Treatise on elephants
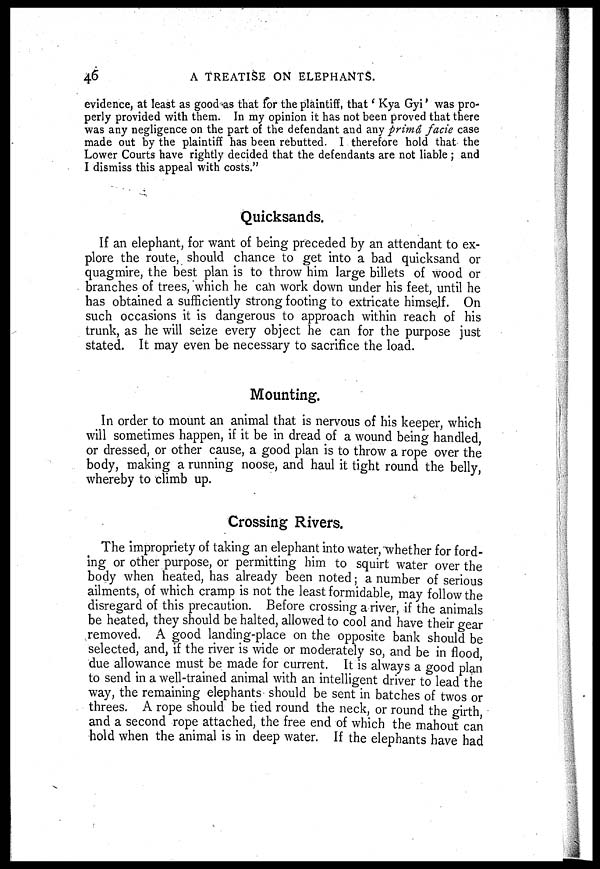
46
A TREATISE ON ELEPHANTS.
evidence, at least as good as that tor the plaintiff, that ' Kya Gyi' was pro-
perly provided with them. In my opinion it has not been proved that there
was any negligence on the part of the defendant and any prima facie case
made out by the plaintiff has been rebutted. I therefore hold that the
Lower Courts have rightly decided that the defendants are not liable ; and
I dismiss this appeal with costs."
Quicksands.
If an elephant, for want of being preceded by an attendant to ex-
plore the route, should chance to get into a bad quicksand or
quagmire, the best plan is to throw him large billets of wood or
branches of trees, which he can work down under his feet, until he
has obtained a sufficiently strong footing to extricate himself. On
such occasions it is dangerous to approach within reach of his
trunk, as he will seize every object he can for the purpose just
stated. It may even be necessary to sacrifice the load.
Mounting.
In order to mount an animal that is nervous of his keeper, which
will sometimes happen, if it be in dread of a wound being handled,
or dressed, or other cause, a good plan is to throw a rope over the
body, making a running noose, and haul it tight round the belly,
whereby to climb up.
Crossing Rivers.
The impropriety of taking an elephant into water, whether for ford-
ing or other purpose, or permitting him to squirt water over the
body when heated, has already been noted; a number of serious
ailments, of which cramp is not the least formidable, may follow the
disregard of this precaution. Before crossing a river, if the animals
be heated, they should be halted, allowed to cool and have their gear
removed. A good landing-place on the opposite bank should be
selected, and, if the river is wide or moderately so, and be in flood
due allowance must be made for current. It is always a good plan
to send in a well-trained animal with an intelligent driver to lead the
way, the remaining elephants should be sent in batches of twos or
threes. A rope should be tied round the neck, or round the girth
and a second rope attached, the free end of which the mahout can
hold when the animal is in deep water. If the elephants have had